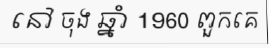
នៅ ចុង ឆ្នាំ 1960 ពួកគេ